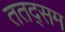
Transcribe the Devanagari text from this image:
ततद्सम